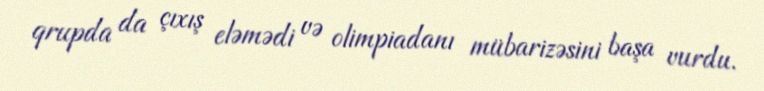
qrupda da çıxış eləmədi və olimpiadanı mübarizəsini başa vurdu.